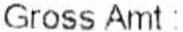
GROSS AMT :